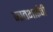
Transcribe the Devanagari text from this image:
जातभाईंची